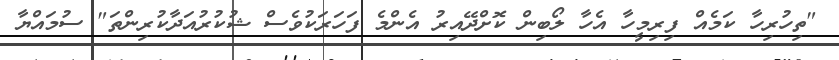
"ތިހުރިހާ ކަމެއް ފިރިމީހާ އެހާ ލޯބިން ކޮށްދޭއިރު އެންމެ ފަހަރަކުވެސް ޝުކުރުއަދާކުރިންތަ" ސުމައްޔާ